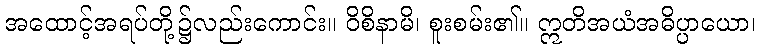
အထောင့်အရပ်တို့၌လည်းကောင်း။ ဝိစိနာမိ၊ စူးစမ်း၏။ ဣတိအယံအဓိပ္ပာယော၊